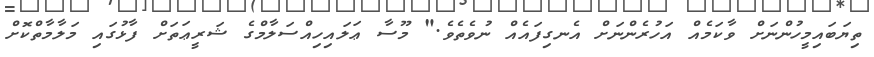
ތިޔަބައިމީހުންނަށް ވާކަމެއް އަހުރެންނަށް އެނގިފައެއް ނުވެތެވެ." މޫސާ ޢަލައިހިއްސަލާމްގެ ޝަރީޢަތަށް ފާޅުގައި މަލާމާތްކޮށް